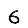
Digit: 6